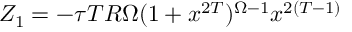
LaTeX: Z _ { 1 } = - \tau T R \Omega ( 1 + x ^ { 2 T } ) ^ { \Omega - 1 } { x ^ { 2 ( T - 1 ) } }